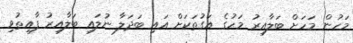
މަހުން މަހަށް ބަލާއިރު މަހުގެ އަގުތަކަށް އައި ބަދަލާ ނުލައި ބަލާއިރު ފާއިތުވި